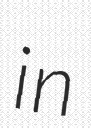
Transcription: in